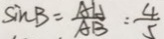
\sin B = \frac { A H } { A B } = \frac { 4 } { 5 }